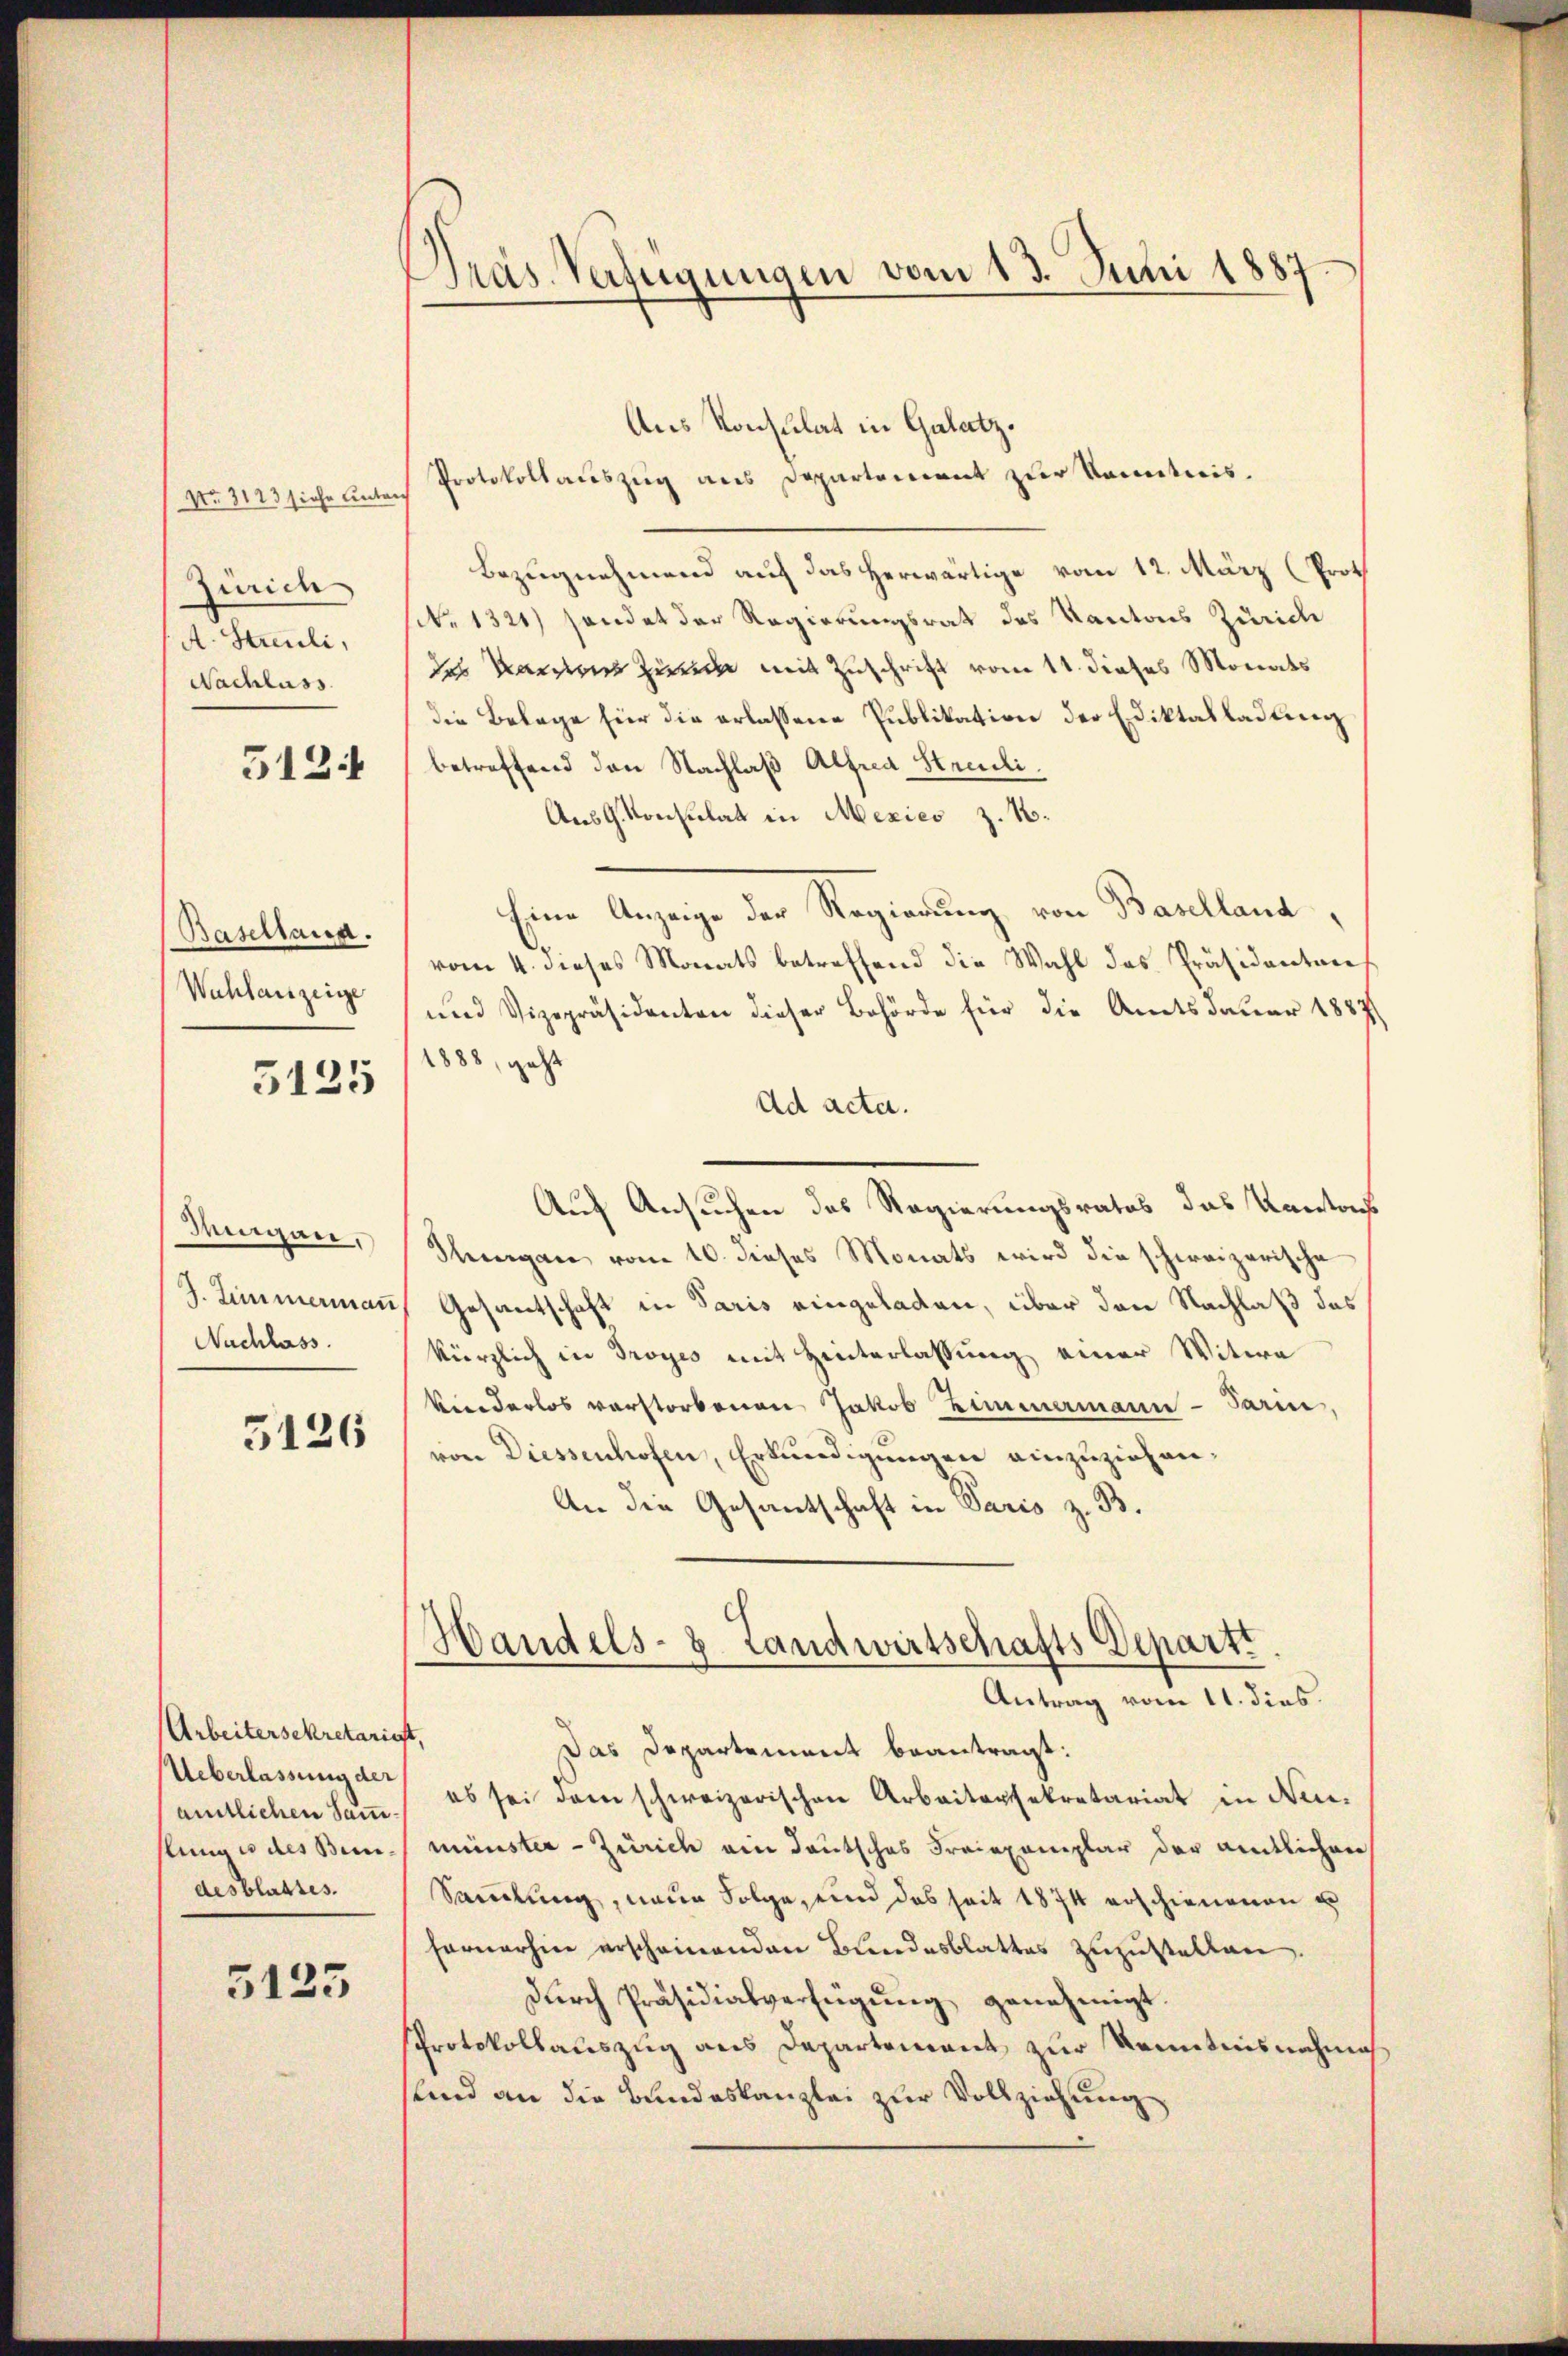
No. 3113 siche Leute
Zürich
A. Streuli,
Nachlass

5124

Basellaus.
Wahlanzeige

5125

Magen,
3. Zimmermaṅ
Nachlass.

5126

Arbeitersekretarist,
Ueberlassung der
amtlichen Sammstung es des Bern.
desblattes.

5123

Pras Verfügungen vom 13. Juni 1887.

Aus Konsulat in Galatz.
Protokollauszug aus Departement zur Kenntnis.
Bezugnehmend auf das herwärtige vom 12. März (Prot
No 1321) sendet der Regierungsrat des Kantons Zürich
des Namens Zurede mit Zuschrift vom 11. dieses Monats
die Belage für die erlassene Publikation der Ediktalladung
betreffend den Nachlaß Alfred Streuli.
Aus G. Konsulat in Mexies z. No¬
Eine Anzeige der Regierung von Baselland,
vom 4. dieses Monats betreffend die Wahl das Präsidentens
und Vizepräsidenten dieser Behörde für die Amtsdauer 1887
1888, geht
Ad acta.
Auf Ansuchen des Regierungsrates das Kantons
Steigen vom 10. dieses Monats wird die schweizerische
Gesantschaft in Paris eingeladen, über den Nachlaß das
kürzlich in Droyes mit Hinterlassung einer Witwe
kinderlos verstorbenen Jakob Limmamann-Sarin,
von Diessenhofen, Erkundigungen einzuziehen.
An die Gesantschaft in Paris z. B.
Handels- 8 Landwirtschafts Departi
Antrag vom 11. dies
Das Departement beantragt:
es sei dem schweizerischen Arbeitersekretariat in Neumünster - Zürich ein Deutsches Freiexemplar der amtlichen
Sammlung, neue Folge, und das seit 1874 erschienenen u
fernerhin erscheinenden Bundesblattes zuzustellen.
Dŭrch Präsidialverfügŭng genehmigt.
Protokollauszug aus Departement zur Kenntnisnahme
sind an die Bundeskanzlei zur Vollziehung